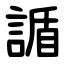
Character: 䛻